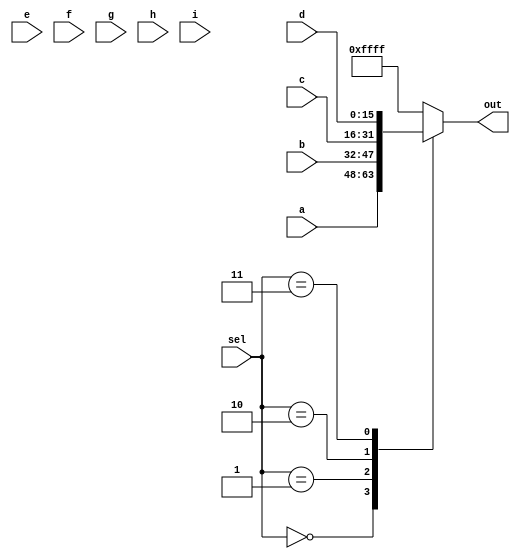
module top_module( 
    input [15:0] a, b, c, d, e, f, g, h, i,
    input [3:0] sel,
    output [15:0] out );

    // Insert your code here

    always @(sel or a or b or c or d or e or f or g or h or i) begin
        case (sel)
            2'b00: out <= a;
            2'b01: out <= b;
            2'b10: out <= c;
            2'b11: out <= d;
            2'b000: out <= e;
            2'b001: out <= f;
            2'b010: out <= g;
            2'b011: out <= h;
            2'b100: out <= i;
            default: out <= 16'hffff;
        endcase
    end

endmodule